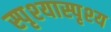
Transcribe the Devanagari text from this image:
स्पृश्‍यास्पृश्‍य